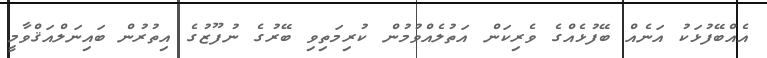
އެއްބޭފުޅަކު އަނެއް ބޭފުޅެއްގެ ވެރިކަން އަތުލެއްވުމުން ކުރިމަތިވި ބޭރުގެ ނުފޫޒުގެ އިތުރުން ބައިނަލްއަޤްވާމީ